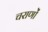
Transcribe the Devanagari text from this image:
चराणों